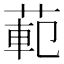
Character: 𫈣